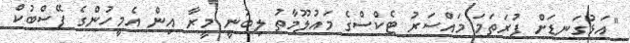
"އަޅުގަނޑަށް ފުރަތަމަ މައްސަރު ޓެކްސްގެ މައުލޫމާތު ލިބުނީ މީރާ އިން އެމީހުންގެ ފޭސްބުކް